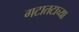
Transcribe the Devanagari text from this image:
गटातटाच्या